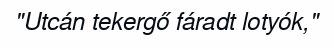
"Utcán tekergő fáradt lotyók,"